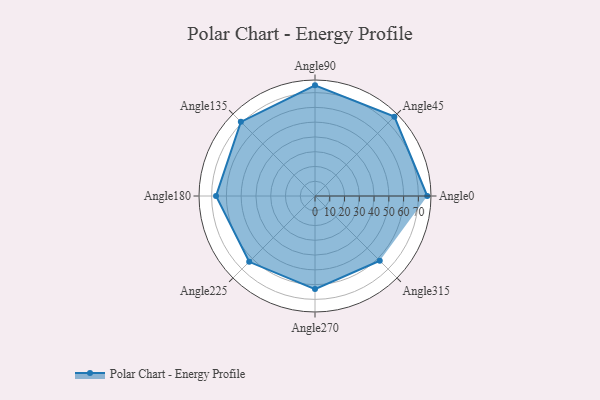
{"axis": {"x": "Angle", "y": "Radius"}, "legend": [""], "data": [{"x": "Angle0", "y": 76.0, "type": ""}, {"x": "Angle45", "y": 76.0, "type": ""}, {"x": "Angle90", "y": 75.0, "type": ""}, {"x": "Angle135", "y": 71.0, "type": ""}, {"x": "Angle180", "y": 67.0, "type": ""}, {"x": "Angle225", "y": 63.0, "type": ""}, {"x": "Angle270", "y": 63.0, "type": ""}, {"x": "Angle315", "y": 62.0, "type": ""}]}